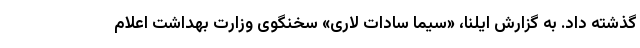
گذشته داد. به گزارش ایلنا، «سیما سادات لاری» سخنگوی وزارت بهداشت اعلام